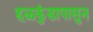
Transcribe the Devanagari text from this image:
हळकुंडापासुन